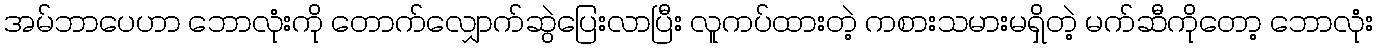
အမ်ဘာပေဟာ ဘောလုံးကို တောက်လျှောက်ဆွဲပြေးလာပြီး လူကပ်ထားတဲ့ ကစားသမားမရှိတဲ့ မက်ဆီကိုတော့ ဘောလုံး